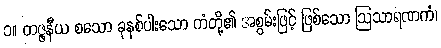
၁။ တဇ္ဇနီယ စသော ခုနစ်ပါးသော ကံတို့၏ အစွမ်းဖြင့် ဖြစ်သော ဩသာရဏကံ၊